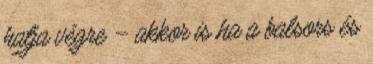
hatja végre – akkor is ha a balsors és